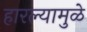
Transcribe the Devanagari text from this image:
हारल्यामुळे